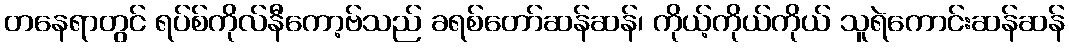
တနေရာတွင် ရပ်စ်ကိုလ်နီကော့ဗ်သည် ခရစ်တော်ဆန်ဆန်၊ ကိုယ့်ကိုယ်ကိုယ် သူရဲကောင်းဆန်ဆန်